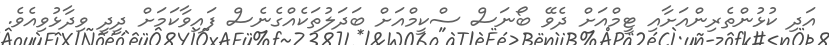
އަދި ކުޅުންތެރިންއަށާއި ޓީމްއަށް ދެވޭ ބޯނަސް ސްކީމްއަށް ބަދަލުތަކެއްގެނެސް ފައިވާކަމަށް ދީދީ ވިދާޅުވިއެވެ.